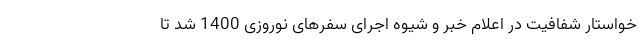
خواستار شفافیت در اعلام خبر و شیوه اجرای سفرهای نوروزی 1400 شد تا